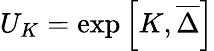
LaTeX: U_{K}=\exp\left[K,\overline{{{\Delta}}}\right]